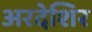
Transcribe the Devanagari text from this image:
अरदेशिर